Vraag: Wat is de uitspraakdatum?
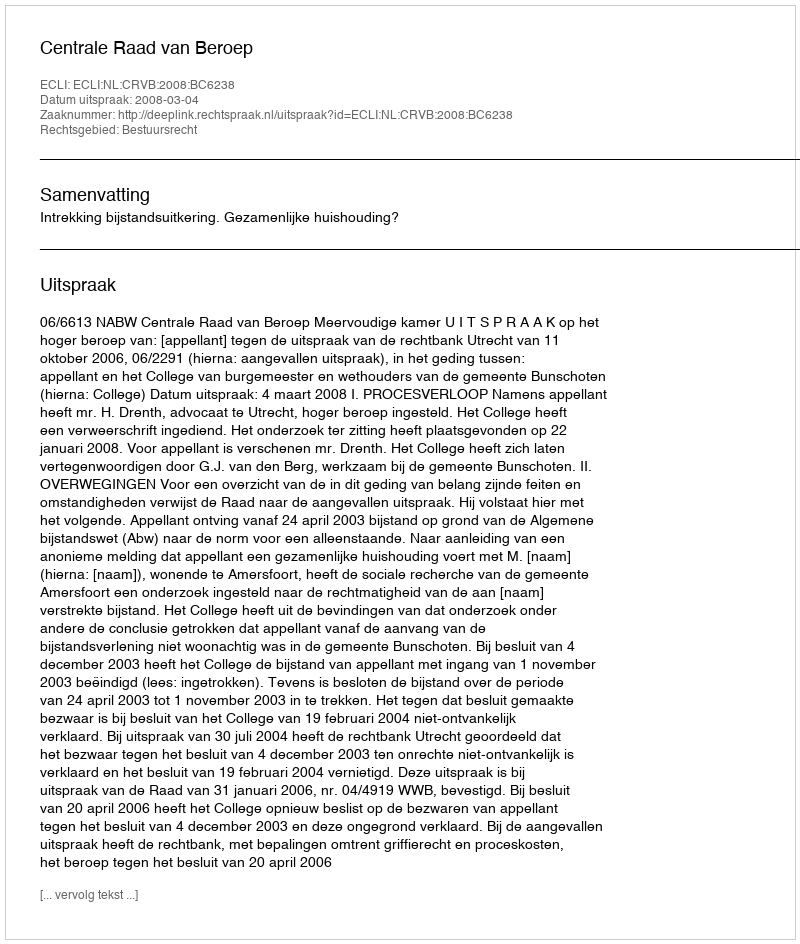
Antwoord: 2008-03-04